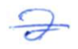
Text: a
Cross-out: single-line
Writing tool: ballpoint